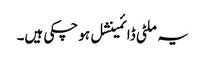
یہ ملٹی ڈائمینشل ہو چکی ہیں۔